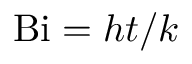
\mathrm { B i } = h t / k